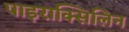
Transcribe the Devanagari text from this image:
पाइराक्सिलिन